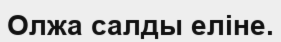
Олжа салды еліне.